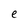
Character: e